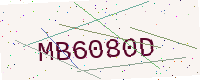
Text: MB6080D